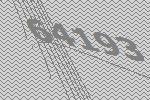
64193